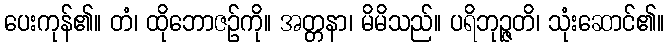
ပေးကုန်၏။ တံ၊ ထိုဘောဇဉ်ကို။ အတ္တနာ၊ မိမိသည်။ ပရိဘုဉ္ဇတိ၊ သုံးဆောင်၏။